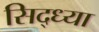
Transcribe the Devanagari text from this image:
सिद्ध्या